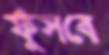
ফুঁসবে